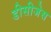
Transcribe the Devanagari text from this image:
डीसीजेस